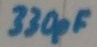
Text: 330pF